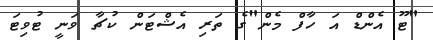
"ޓޫ އެންޑް އަ ހާފް މެން"ގެ ތަރި އެޝްޓަން ކުޗާ ވަނީ ޓުވިޓަ